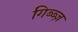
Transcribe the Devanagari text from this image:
गिब्ब्ज़